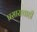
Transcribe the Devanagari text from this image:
प्रसाराचाही